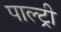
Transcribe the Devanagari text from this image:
पाल्ट्री